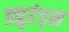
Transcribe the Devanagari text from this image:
ड्युरंड्स